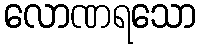
လောဏရသော